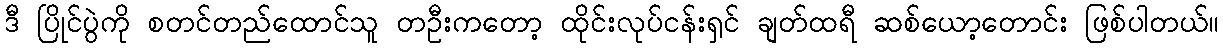
ဒီ ပြိုင်ပွဲကို စတင်တည်ထောင်သူ တဦးကတော့ ထိုင်းလုပ်ငန်းရှင် ချတ်ထရီ ဆစ်ယော့တောင်း ဖြစ်ပါတယ်။